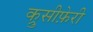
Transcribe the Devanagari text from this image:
क्रुसीफ़ेरी